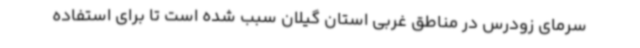
سرمای زودرس در مناطق غربی استان گیلان سبب شده است تا برای استفاده